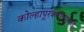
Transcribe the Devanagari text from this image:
कोल्हापूरकरांच्याकडे